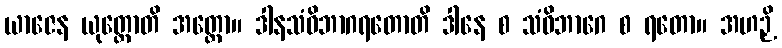
ယာဇေန ယုတ္တောတိ အတ္ထော။ ဒါနသံဝိဘာဂရတောတိ ဒါနေ စ သံဝိဘာဂေ စ ရတော။ အဟဉှိ